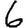
Digit: 6